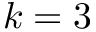
k = 3